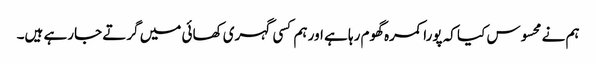
ہم نے محسوس کیا کہ پورا کمرہ گھوم رہا ہے اور ہم کسی گہری کھائی میں گرتے جارہے ہیں۔